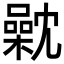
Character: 𣜣